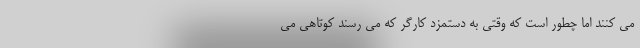
می کنند اما چطور است که وقتی به دستمزد کارگر که می رسند کوتاهی می